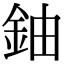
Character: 鈾